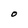
Character: O